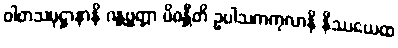
ဝါတသမုဋ္ဌာနာနိ ဂန္တဗ္ဗတ္တာ ပိဝန္တီတိ ဥပါသကကုလာနိ နိဿယေထ